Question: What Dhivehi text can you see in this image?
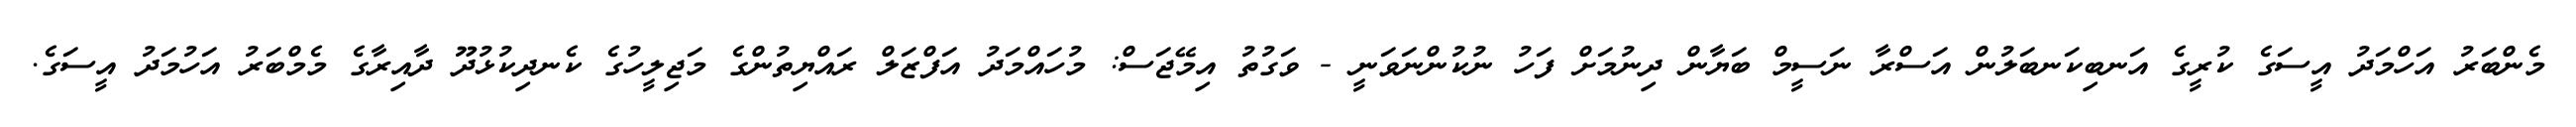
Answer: މެންބަރު އަހްމަދު އީސަގެ ކުރީގެ އަނބިކަނބަލުން އަސްރާ ނަސީމް ބަޔާން ދިނުމަށް ފަހު ނުކުންނަވަނީ - ވަގުތު އިމޭޖަސް: މުހައްމަދު އަފްޒަލް ރައްޔިތުންގެ މަޖިލީހުގެ ކެނދިކުޅުދޫ ދާއިރާގެ މެމްބަރު އަހުމަދު އީސަގެ.